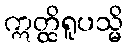
ဣတ္ထိရူပသ္မိ